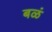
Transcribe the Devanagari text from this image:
बळं